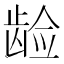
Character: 𱌵